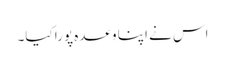
اس نے اپنا وعدہ پورا کیا۔